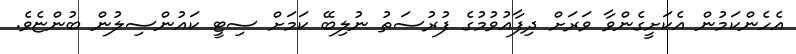
އެހެންކަމުން އެކަށީގެންވާ ވަރަށް ދިފާއުވުމުގެ ފުރުސަތު ނުލިބޭ ކަމަށް ސިޓީ ކައުންސިލުން ބުންޏެވެ.